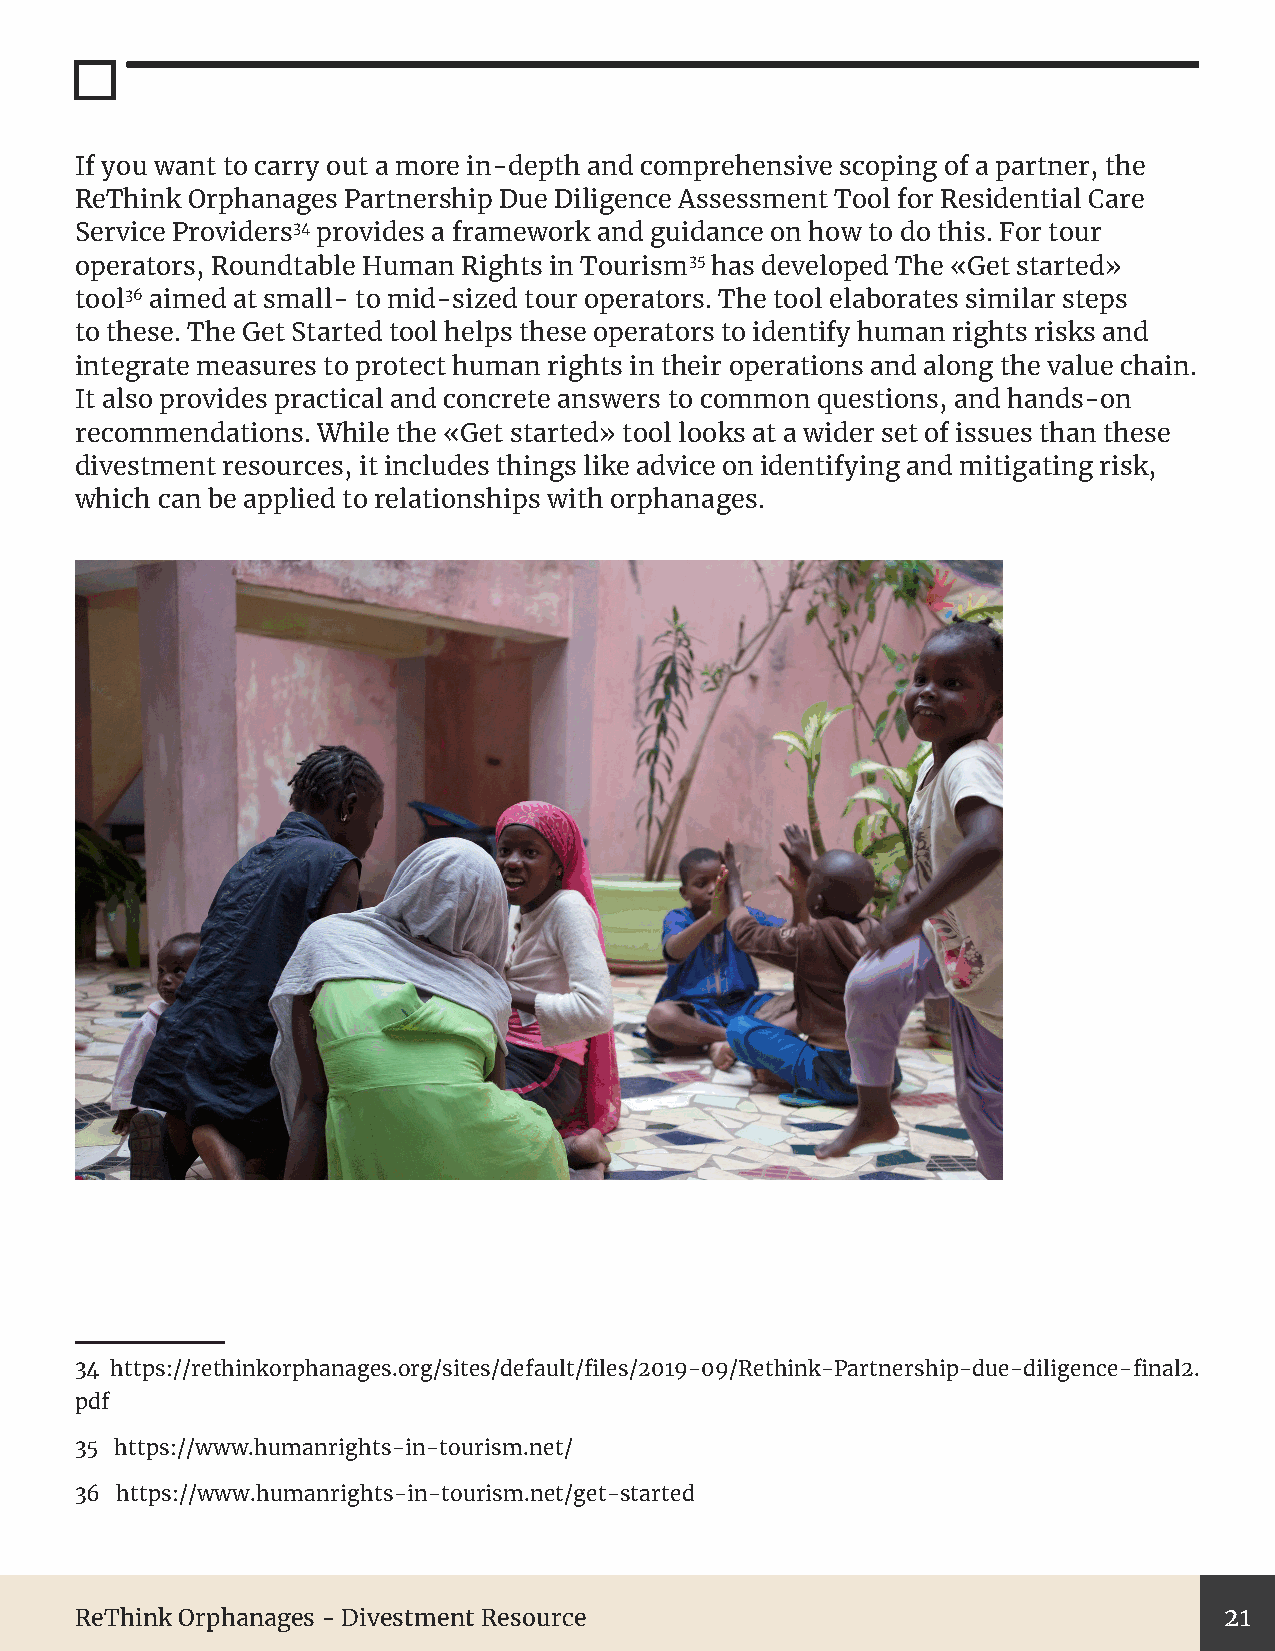
If you want to carry out a more in-depth and comprehensive scoping of a partner, the
 ReThink Orphanages Partnership Due Diligence Assessment Tool for Residential Care
 Service Providers34 provides a framework and guidance on how to do this. For tour
 operators, Roundtable Human Rights in Tourism35 has developed The «Get started»
 tool36 aimed at small- to mid-sized tour operators. The tool elaborates similar steps
 to these. The Get Started tool helps these operators to identify human rights risks and
 integrate measures to protect human rights in their operations and along the value chain.
 It also provides practical and concrete answers to common questions, and hands-on
 recommendations. While the «Get started» tool looks at a wider set of issues than these
 divestment resources, it includes things like advice on identifying and mitigating risk,
 which can be applied to relationships with orphanages.
 34 https://rethinkorphanages.org/sites/default/files/2019-09/Rethink-Partnership-due-diligence-final2.
 pdf
 35 https://www.humanrights-in-tourism.net/
 36 https://www.humanrights-in-tourism.net/get-started
 ReThink Orphanages - Divestment Resource                                    21